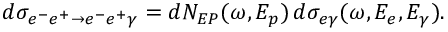
d \sigma _ { e ^ { - } e ^ { + } \to e ^ { - } e ^ { + } \gamma } = d N _ { E P } ( \omega , E _ { p } ) \, d \sigma _ { e \gamma } ( \omega , E _ { e } , E _ { \gamma } ) .